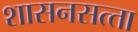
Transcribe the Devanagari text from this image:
शासनसत्‍ता